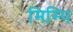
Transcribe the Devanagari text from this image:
मिम्पि